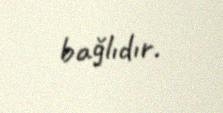
bağlıdır.